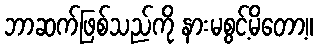
ဘာဆက်ဖြစ်သည်ကို နားမစွင့်မိတော့။